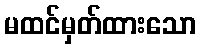
မထင်မှတ်ထားသော